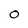
Character: 0